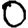
Digit: 0